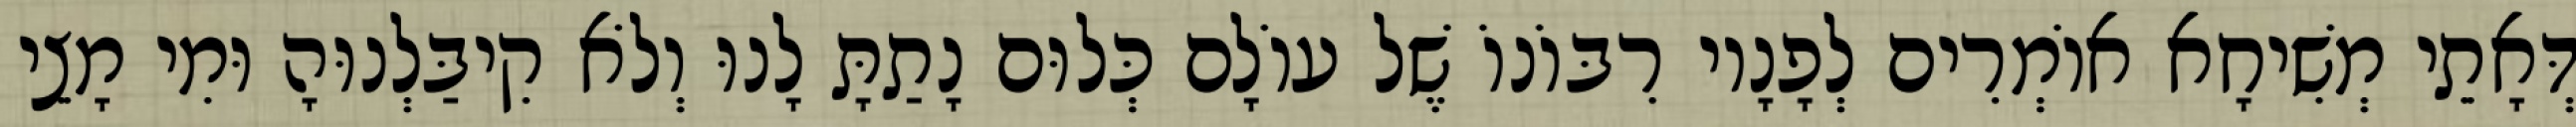
דְּאָתֵי מְשִׁיחָא אוֹמְרִים לְפָנָיו רִבּוֹנוֹ שֶׁל עוֹלָם כְּלוּם נָתַתָּ לָנוּ וְלֹא קִיבַּלְנוּהָ וּמִי מָצֵי